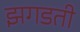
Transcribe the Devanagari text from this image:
झगडती